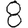
Digit: 8